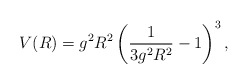
\begin{align*}V(R) = g^2R^2\left(\frac{1}{3g^2R^2} - 1\right)^3,\end{align*}